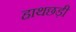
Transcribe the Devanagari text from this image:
हाथछड़ी